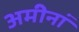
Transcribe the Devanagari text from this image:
अमीनां